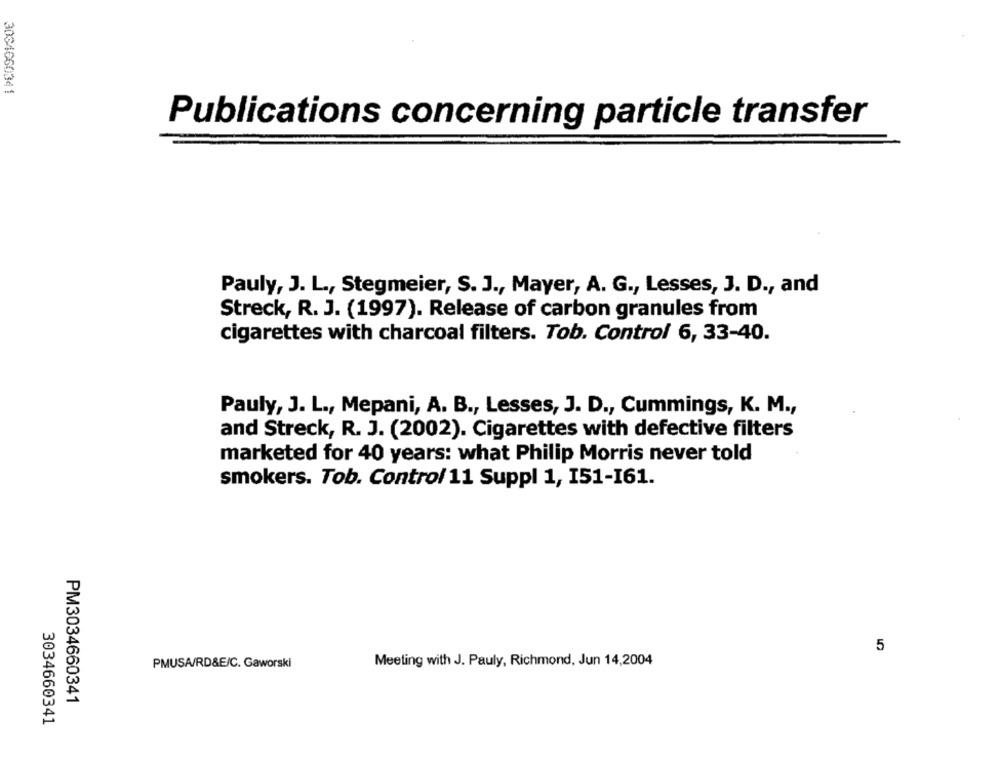
3034660341
Publications concerning particle transfer
Pauly, J. L ., Stegmeier, S. J ., Mayer, A. G ., Lesses, J. D ., and
Streck, R. J. (1997). Release of carbon granules from
cigarettes with charcoal filters. Tob. Control 6, 33-40.
Pauly, J. L ., Mepani, A. B ., Lesses, J. D ., Cummings, K. M .,
and Streck, R. J. (2002). Cigarettes with defective filters
marketed for 40 years: what Philip Morris never told
smokers. Tob. Control 11 Suppl 1, 151-161.
5
Meeting with J. Pauly, Richmond, Jun 14,2004
PMUSA/RD&E/C. Gaworski
PM3034660341
3034660341